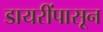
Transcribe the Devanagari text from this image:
डायरींपासून